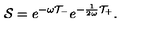
{ \cal S } = e ^ { - \omega { \cal T } _ { - } } e ^ { - \frac { 1 } { 2 \omega } { \cal T } _ { + } } .